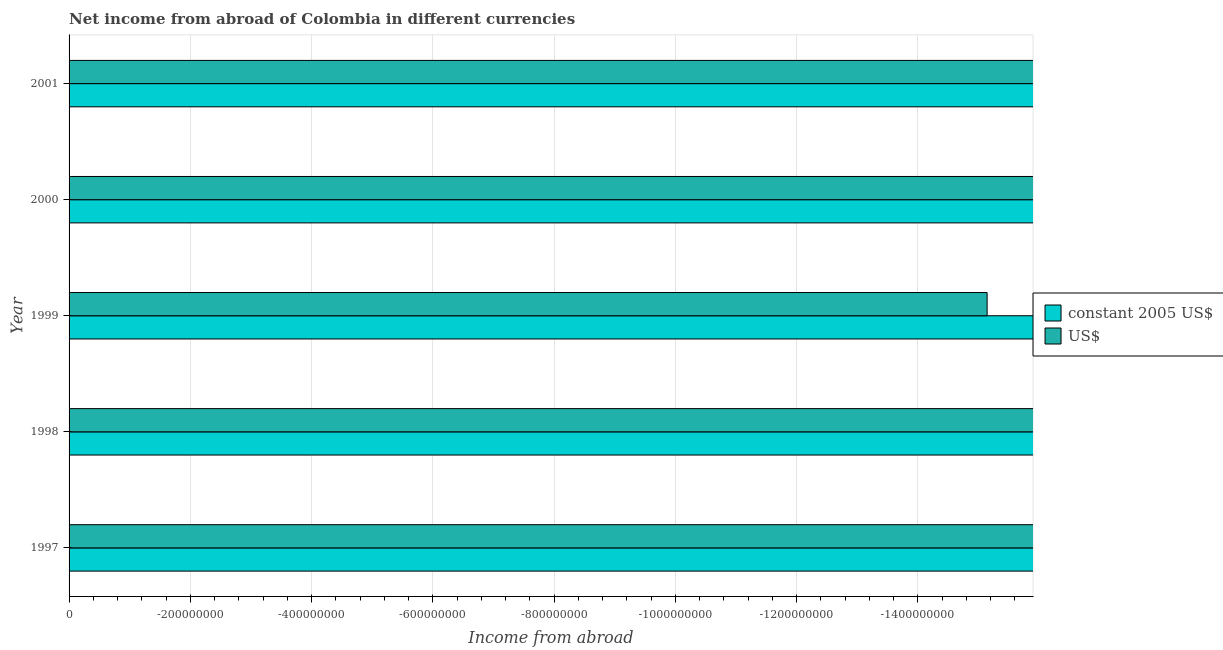
| Year | constant 2005 US$ | US$ |
 | --- | --- | --- |
 | 1997 | -2.71e+12 | -2.37e+09 |
 | 1998 | -2.51e+12 | -1.76e+09 |
 | 1999 | -2.66e+12 | -1.51e+09 |
 | 2000 | -4.5e+12 | -2.16e+09 |
 | 2001 | -5.57e+12 | -2.42e+09 |